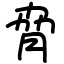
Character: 脅